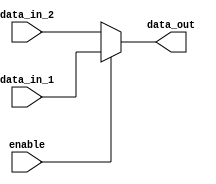
module conditional_assign (
    input wire enable,
    input wire [3:0] data_in_1,
    input wire [3:0] data_in_2,
    output reg [3:0] data_out
);

always @(*) begin
    if (enable) begin
        data_out = data_in_1;
    end else begin
        data_out = data_in_2;
    end
end

endmodule